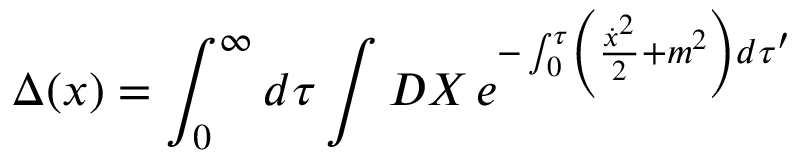
\Delta ( x ) = \int _ { 0 } ^ { \infty } d \tau \int D X \, e ^ { - \int _ { 0 } ^ { \tau } \left( { \frac { { \dot { x } } ^ { 2 } } { 2 } } + m ^ { 2 } \right) d \tau ^ { \prime } }